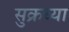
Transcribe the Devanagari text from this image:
सुक्रच्या